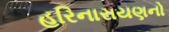
હરિનારાયણનો